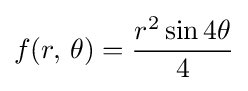
f(r,\,\theta )={\frac {r^{2}\sin {4\theta }}{4}}